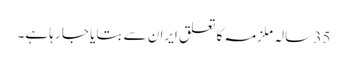
35 سالہ ملزمہ کا تعلق ایران سے بتایا جا رہا ہے۔